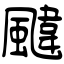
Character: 颹